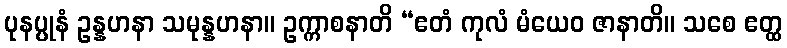
ပုနပ္ပုနံ ဥန္နဟနာ သမုန္နဟနာ။ ဥက္ကာစနာတိ “ဧတံ ကုလံ မံယေဝ ဇာနာတိ။ သစေ ဧတ္ထ